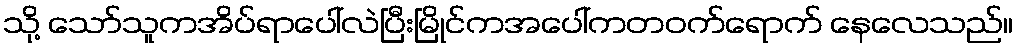
သို့ သော်သူကအိပ်ရာပေါ်လဲပြီးမြိုင်ကအပေါ်ကတဝက်ရောက် နေလေသည်။